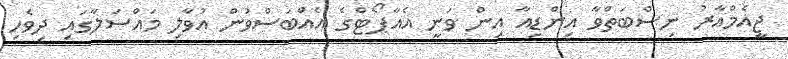
ޖީއެމްއާރު ނިސްބަތްވާ އިންޑިއާ އިން ވަނީ އެއާޕޯޓްގެ އެއްބަސްވުން އުވާލި މައްސަލާގައި ދިވެހި